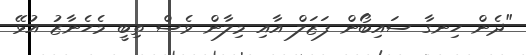
"ދެން ހިނގާ ސައިބޯން ފަޒަލް އާއި މިލާން ވެސް ތިބީ މެހެނާޒު އުޅޭ